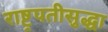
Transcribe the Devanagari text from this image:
राष्ट्रपतीसुद्धा